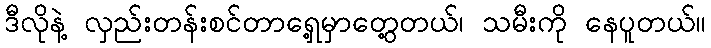
ဒီလိုနဲ့ လှည်းတန်းစင်တာရှေ့မှာတွေ့တယ်၊ သမီးကို နေပူတယ်။